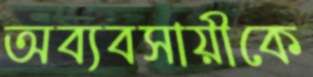
অব্যবসায়ীকে